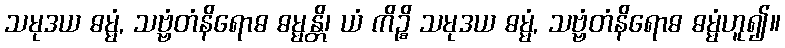
သမုဒယ ဓမ္မံ, သဗ္ဗံတံနိရောဓ ဓမ္မန္တိ၊ ယံ ကိဉ္စိ သမုဒယ ဓမ္မံ, သဗ္ဗံတံနိရောဓ ဓမ္မံဟူ၍။